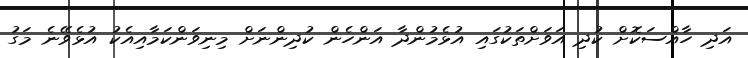
އަދި ހާއްސަކޮށް ކުދި އަވަށްތަކުގައި އުޅެމުންދާ އަންހެން ކުދިންނަށް މިނިވަންކަމާއިއެކު އުޅެވޭނެ މަގު